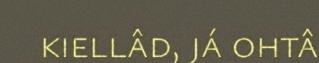
kiellâd, já ohtâ